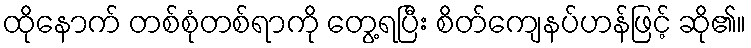
ထိုနောက် တစ်စုံတစ်ရာကို တွေ့ရပြီး စိတ်ကျေနပ်ဟန်ဖြင့် ဆို၏။